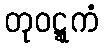
တုဝဋ္ဋကံ